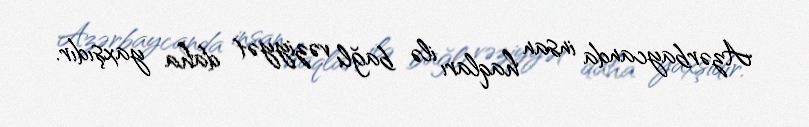
Azərbaycanda insan haqları ilə bağlı vəziyyət daha yaxşıdır.